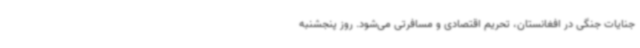
جنایات جنگی در افغانستان، تحریم اقتصادی و مسافرتی می‌شود. روز پنجشنبه